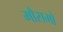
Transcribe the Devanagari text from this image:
मौसमो